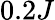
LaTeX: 0.2J